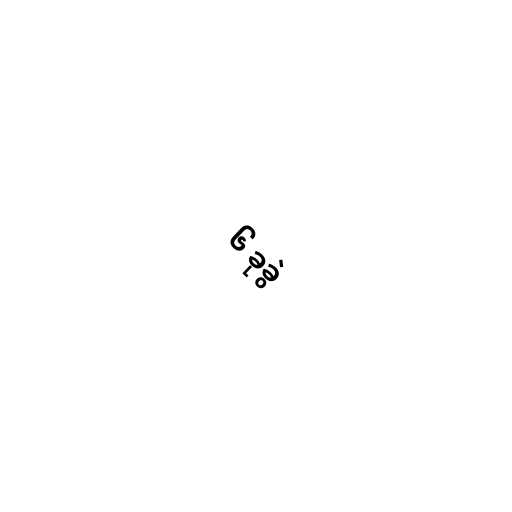
၆ ခုခွဲ